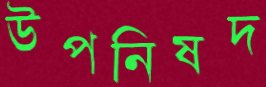
উপনিষদ